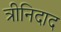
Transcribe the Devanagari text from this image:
त्रीनिदाद